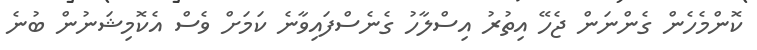
ކޮންމެހެން ގެންނަން ޖެހޭ އިތުރު އިސްލާހު ގެނެސްފައިވާނެ ކަމަށް ވެސް އެކޮމިޝަނުން ބުނެ